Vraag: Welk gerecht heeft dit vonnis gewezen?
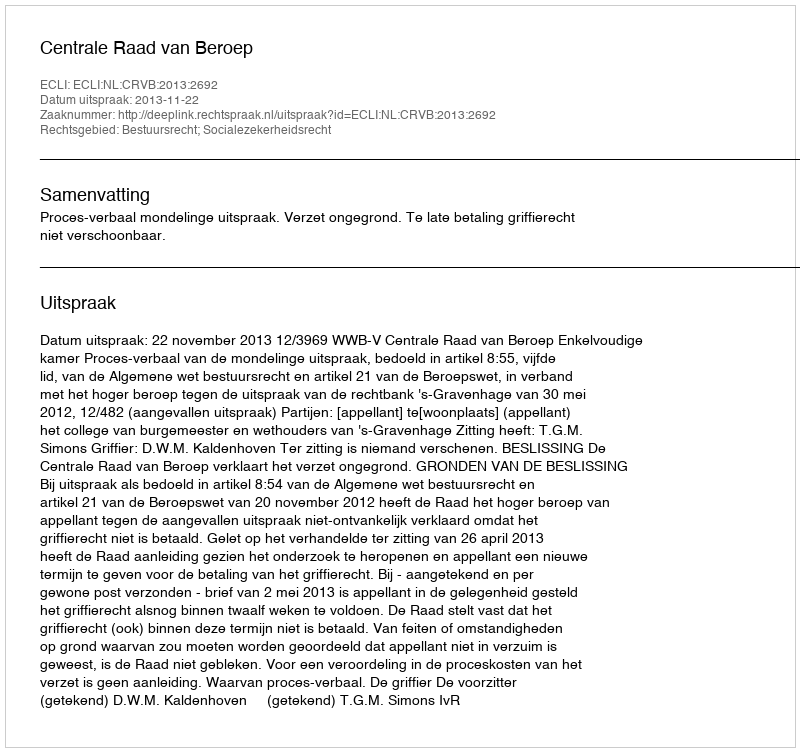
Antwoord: Centrale Raad van Beroep